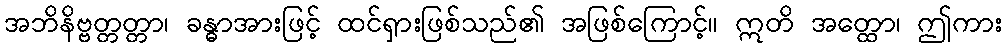
အဘိနိဗ္ဗတ္တတ္တာ၊ ခန္ဓာအားဖြင့် ထင်ရှားဖြစ်သည်၏ အဖြစ်ကြောင့်။ ဣတိ အတ္ထော၊ ဤကား